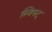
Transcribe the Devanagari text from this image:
स्विफ्ट्